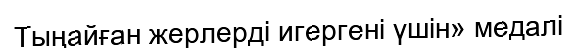
Тыңайған жерлерді игергені үшін» медалі